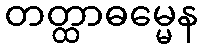
တတ္ထာဓမ္မေန